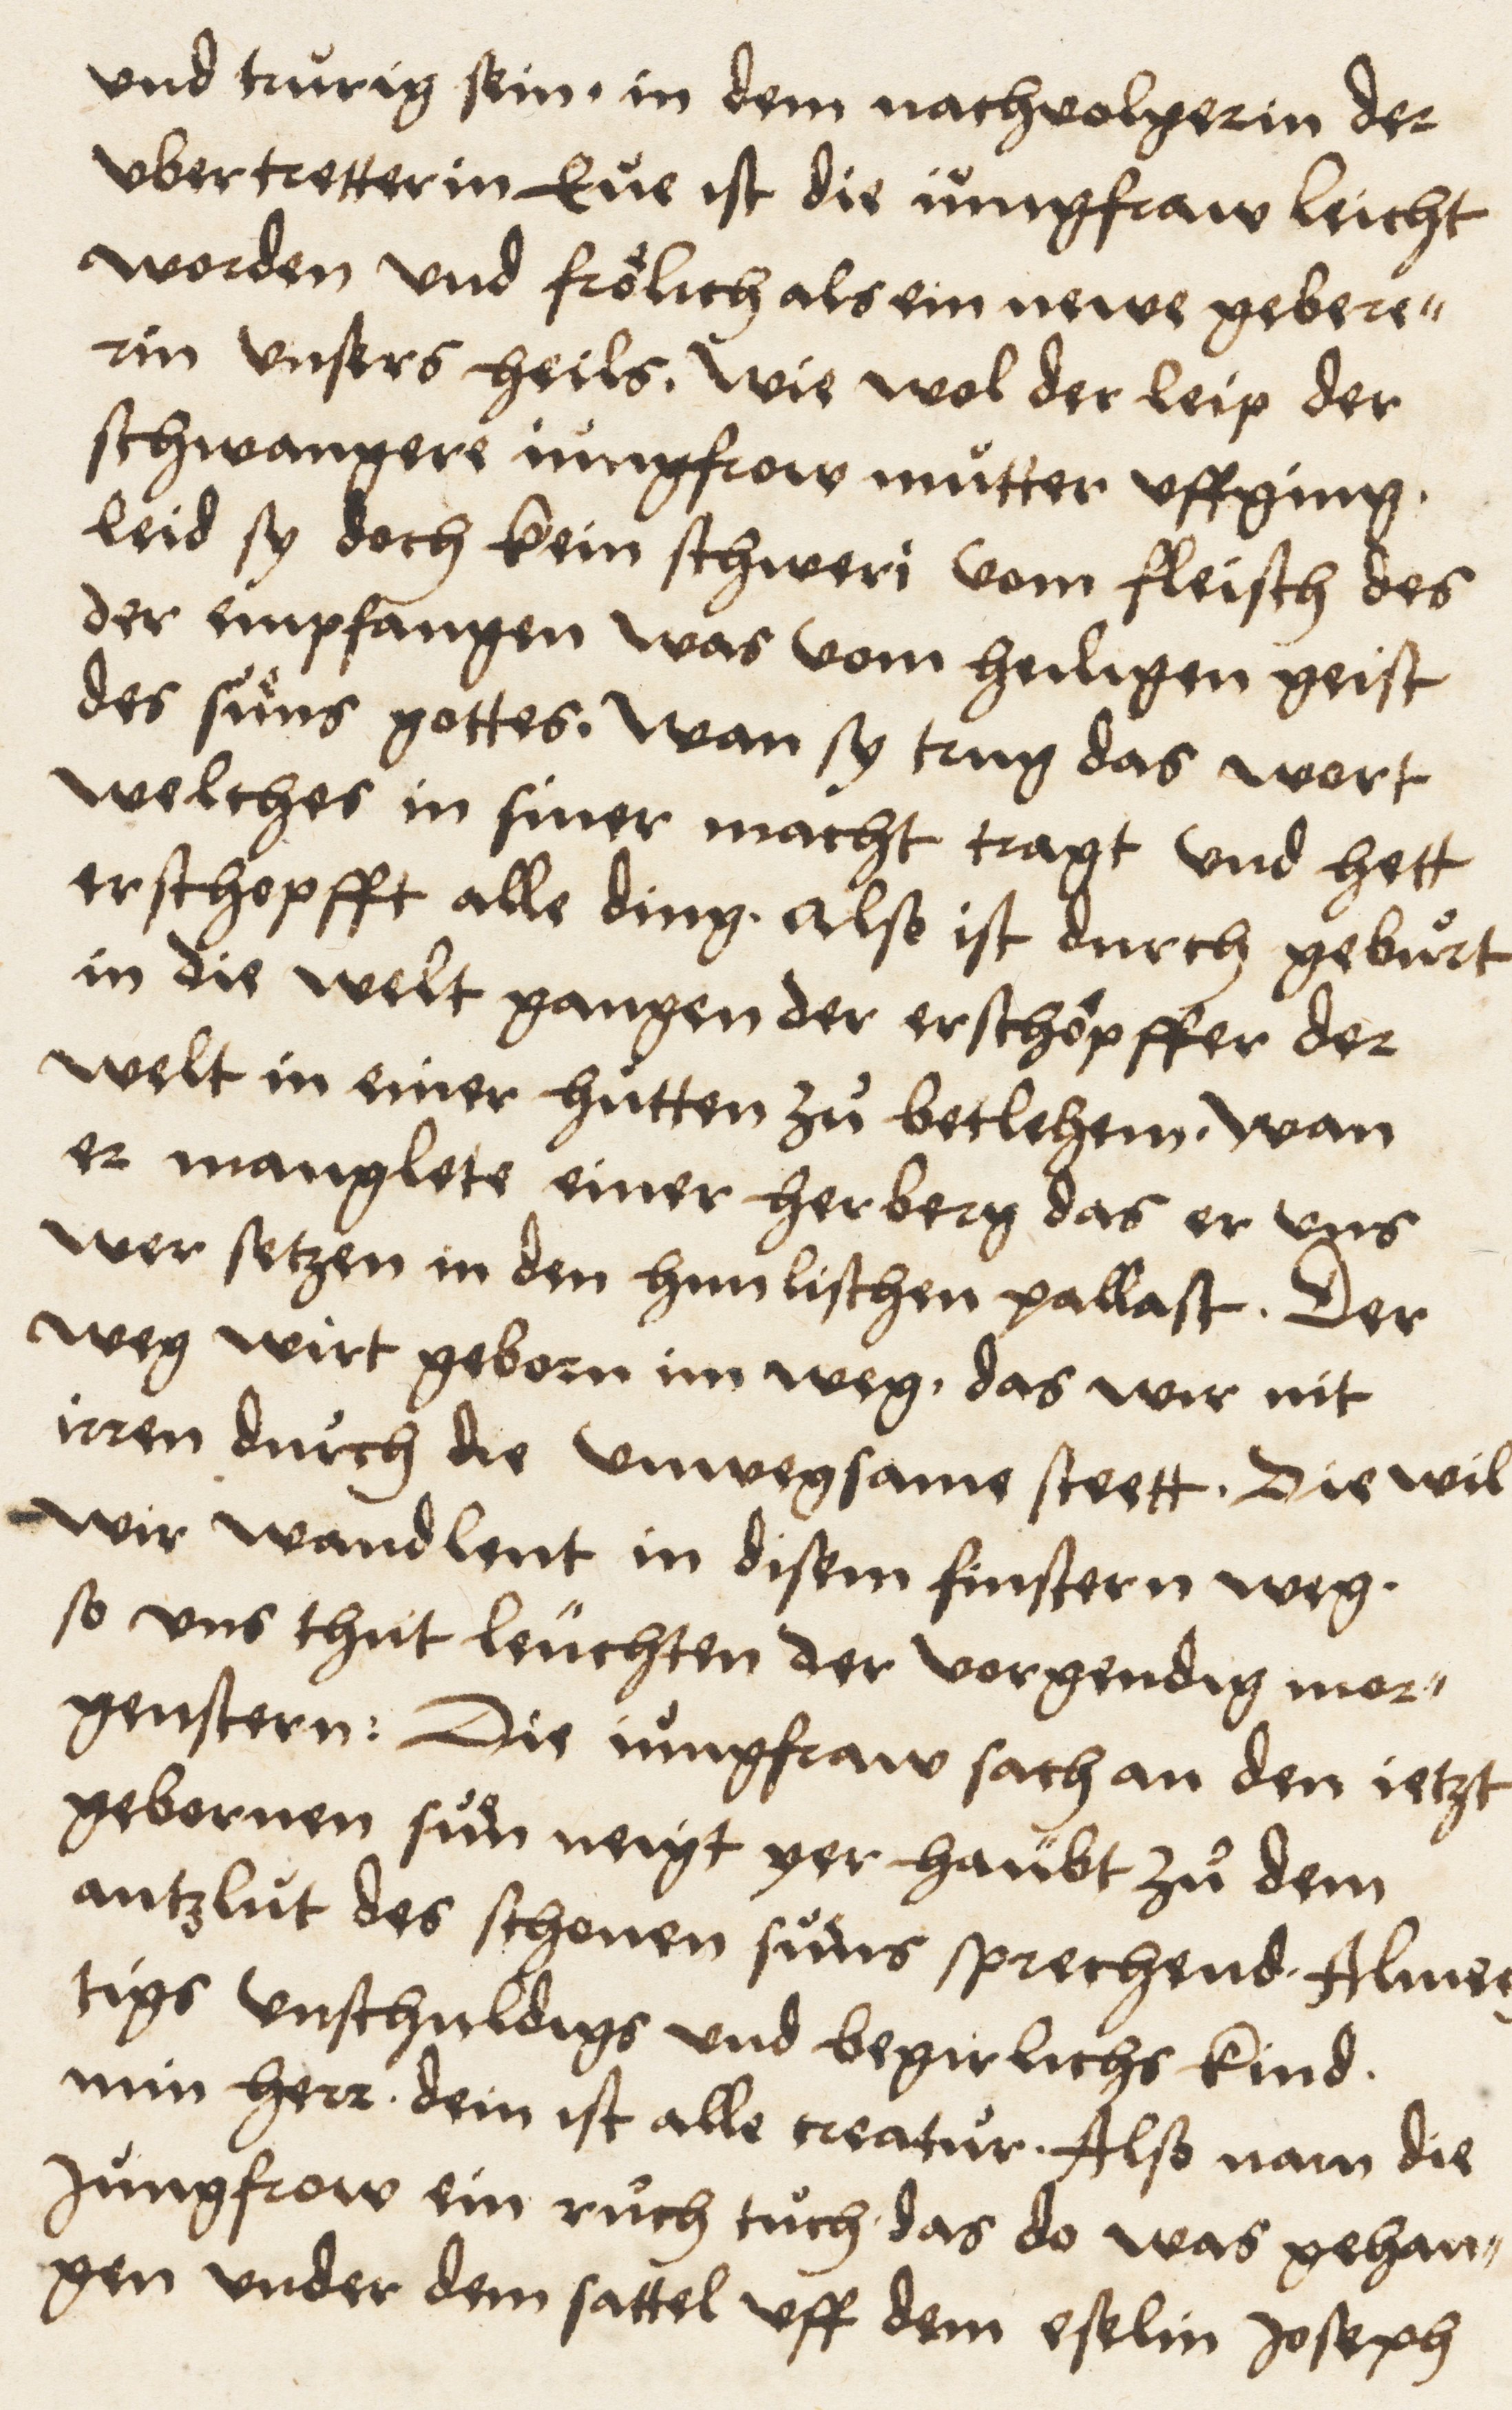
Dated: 1516–1517